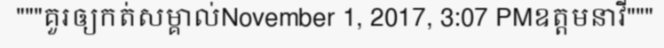
"""គួរឲ្យកត់សម្គាល់November 1, 2017, 3:07 PMឧត្តមនាវី"""